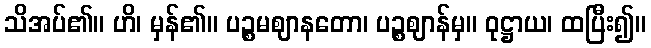
သိအပ်၏။ ဟိ၊ မှန်၏။ ပဉ္စမဈာနတော၊ ပဉ္စဈာန်မှ။ ဝုဋ္ဌာယ၊ ထပြီး၍။